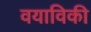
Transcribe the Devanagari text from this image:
वयाविकी